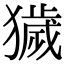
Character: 獩